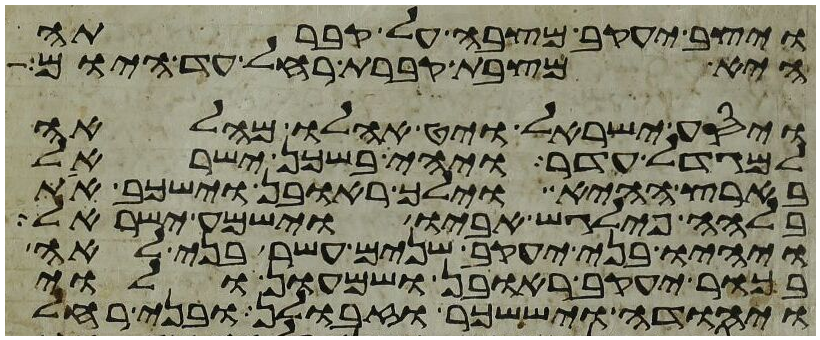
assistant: ויצב יעקב מצבה על קברתה
היא מצבת קברת רחל עד היום
ויסע ישראל ויט אהלו מהלאה
למגדל עדר ויהי בשכן ישראל
בארץ ההיא וילך ראובן וישכב את
בלהה פילגש אביו וישמע ישראל
ויהיו בני יעקב שנים עשר בני לאה
בכור יעקב ראובן ושמעון ולוי
ויהודה ויששכר וזבולן ובני רחל